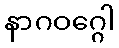
နာဂဝဂ္ဂေါ